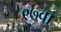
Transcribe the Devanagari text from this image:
९७वा